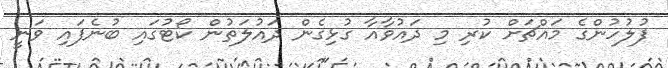
ފުލުހުންގެ މައްޗަށް ކުރި މި ދައުވާއާ ގުޅިގެން ދައުލަތުން ކޯޓުގައި ބުނެފައި ވަނީ